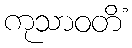
ကုသာဝတိံ